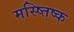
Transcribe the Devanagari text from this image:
मस्ष्तिष्क